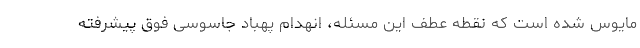
مایوس شده است که نقطه عطف این مسئله، انهدام پهباد جاسوسی فوق پیشرفته